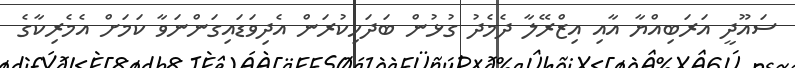
ސައޫދީ އަރަބިއްޔާ އާއި އިޒްރޭލާ ދެމެދު ގުޅުން ބަދަހިކުރަން އެދިވަޑައިގަންނަވާ ކަމަށް އެމެރިކާގެ